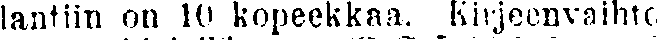
lantiin on 10 kopeekkaa. Kirjeenvaihto